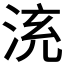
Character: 𣴹